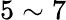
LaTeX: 5\sim 7